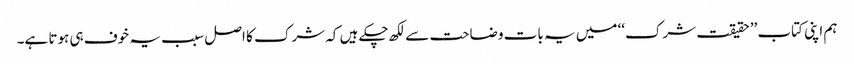
ہم اپنی کتاب ’’حقیقت شرک‘‘ میں یہ بات وضاحت سے لکھ چکے ہیں کہ شرک کا اصل سبب یہ خوف ہی ہوتا ہے۔